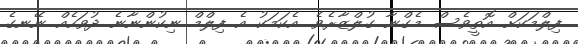
ފިލްމަކަށް އޮތީވެސް މެގްނާ ގުލްޒާރެވެ. އެކަމަކު އެ ފިލްމް ނިކުންނާނެ ދުވަހެއް ނޭނގެ